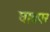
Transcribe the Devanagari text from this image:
घावपर